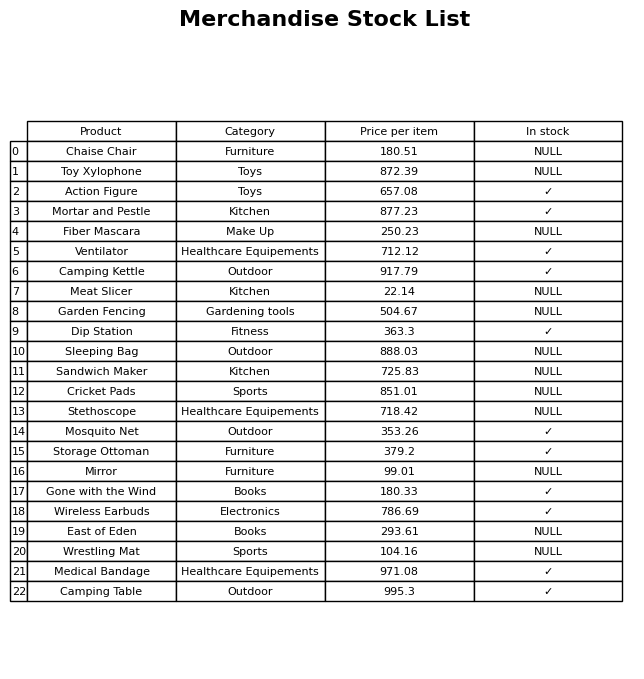
question: What is the price of the Stethoscope?
answer: The price of Stethoscope is 718.42.